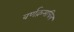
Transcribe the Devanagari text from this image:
वर्णक्रमचित्र